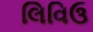
લિવિઉ